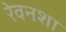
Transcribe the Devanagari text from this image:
रेवनशा